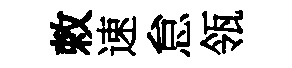
敕速怠瓴